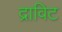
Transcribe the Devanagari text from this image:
द्राविट